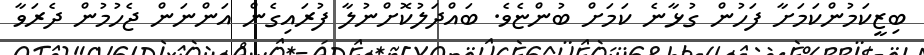
ބިޒީކަމުންކަމަށާ ފަހުން ގުޅާނެ ކަމަށް ބުންޏެވެ. ބައްދަލުކޮށްނުލާ ފުރައިގެން އަންނަން ޖެހުމުން ދެރަވާ